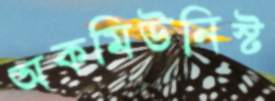
অকমিউনিস্ট